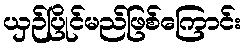
ယှဉ်ပြိုင်မည်ဖြစ်ကြောင်း